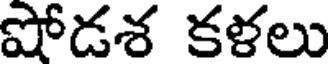
షోడశ కళలు